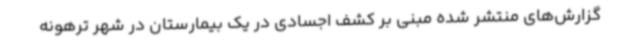
گزارش‌های منتشر شده مبنی بر کشف اجسادی در یک بیمارستان در شهر ترهونه